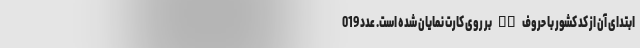
ابتدای آن از کد کشور با حروف IR بر روی کارت نمایان شده است. عدد 019